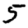
Digit: 5